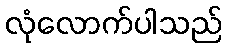
လုံလောက်ပါသည်